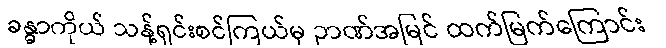
ခန္ဓာကိုယ် သန့်ရှင်းစင်ကြယ်မှ ဉာဏ်အမြင် ထက်မြက်ကြောင်း